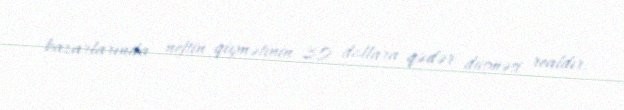
bazarlarında neftin qiymətinin 30 dollara qədər düşməsi realdır.